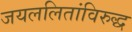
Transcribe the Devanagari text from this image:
जयललितांविरुद्ध